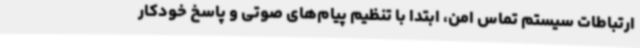
ارتباطات سیستم تماس امن، ابتدا با تنظیم پیام‌های صوتی و پاسخ خودکار